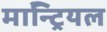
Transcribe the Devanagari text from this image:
माॅन्ट्रियल